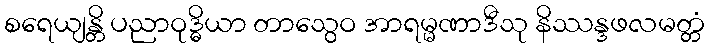
စရေယျန္တိ ပညာဝုဒ္ဓိယာ တာသွေဝ အာရမ္မဏာဒီသု နိဿန္ဒဖလမတ္တံ